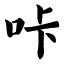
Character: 咔